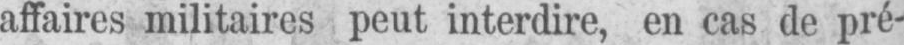
affaires militaires peut interdire, en cas de pré-